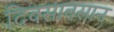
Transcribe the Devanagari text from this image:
दिवसावसान